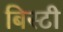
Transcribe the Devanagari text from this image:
बिस्टी